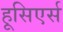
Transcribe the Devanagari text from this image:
हूसिएर्स